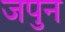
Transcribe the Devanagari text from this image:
जपुन